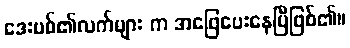
ဒေးဗစ်၏လက်များ က အဖြေပေးနေပြီဖြစ်၏။